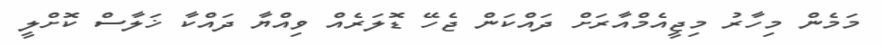
މަމެން މިހާރު މިޖީއެމްއާރަށް ދައްކަން ޖެހޭ ޑޮލަރެއް ވިއްޔާ ދައްކާ ޚަލާސް ކޮށްލީ